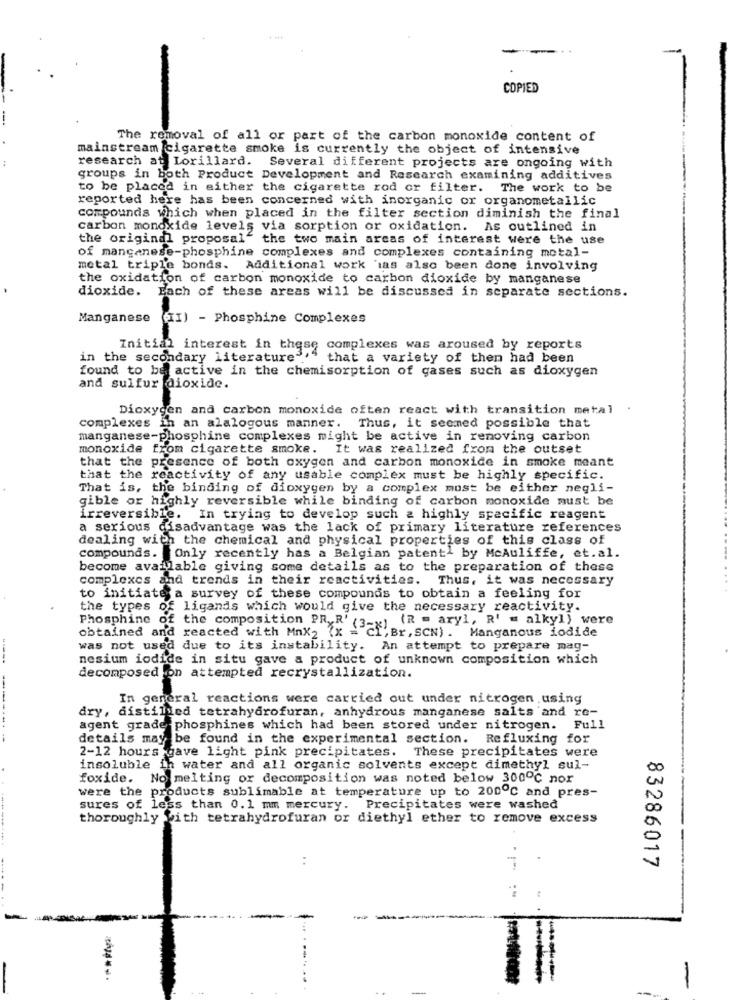
COPIED
The removal of all or part of the carbon monoxide content of
mainstream cigarette smoke is currently the object of intensive
research at Lorillard. Several different projects are ongoing with
groups in both Product Development and Research examining additives
to be placed in either the cigarette rod or filter. The work to be
reported here has been concerned with inorganic or organometallic
compounds which when placed in the filter section diminish the final
carbon monoxide levels via sorption or oxidation. As outlined in
the original proposal" the two main areas of interest were the use
of manganese-phosphine complexes and complexes containing motal-
metal triple bonds. Additional work 'ias also been done involving
the oxidation of carbon monoxide to carbon dioxide by manganese
dioxide.
Each of these areas will be discussed in separate sections.
Manganese
(II) - Phosphine Complexes
Initial interest in these complexes was aroused by reports
in the secondary literature '" that a variety of then had been
found to be active in the chemisorption of gases such as dioxygen
and sulfur dioxide.
Dioxygen and carbon monoxide often react with transition metal
complexes in an alalogous manner. Thus, it seemed possible that
manganese-phosphine complexes might be active in removing carbon
monoxide from cigarette smoke. It was realized from the outset
that the presence of both oxygen and carbon monoxide in smoke meant
that the reactivity of any usable complex must be highly specific.
That is, the binding of dioxygen by a complex must be either negli-
gible or highly reversible while binding of carbon monoxide must be
irreversible. In trying to develop such a highly specific reagent
a serious disadvantage was the lack of primary literature references
dealing with the chemical and physical properties of this class of
compounds. Only recently has a Belgian patentl by Mcauliffe, et.al.
become available giving some details as to the preparation of these
complexes and trends in their reactivities. Thus, it was necessary
to initiate a survey of these compounds to obtain a feeling for
the types of ligands which would give the necessary reactivity.
Phosphine of the composition PR R' (3-x) (R = aryl, R' = alkyl) were
obtained and reacted with MnX2 (x = "Cf, Br, SCN) . Manganous iodide
was not used due to its instability. An attempt to prepare mag-
----
nesium iodide in situ gave a product of unknown composition which
decomposed on attempted recrystallization.
In general reactions were carried out under nitrogen using
dry, distilled tetrahydrofuran, anhydrous manganese salts 'and re-
------.
agent grade phosphines which had been stored under nitrogen. Full
details may be found in the experimental section. Refluxing for
2-12 hours gave light pink precipitates. These precipitates were
insoluble in water and all organic solvents except dimethyl sul-
00
foxide. No melting or decomposition was noted below 300℃ nor
were the products sublimable at temperature up to 200℃ and pres-
sures of less than 0.1 mm mercury. Precipitates were washed
00
thoroughly with tetrahydrofuran or diethyl ether to remove excess
83286017
-